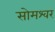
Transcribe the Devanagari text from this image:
सोमश्वर